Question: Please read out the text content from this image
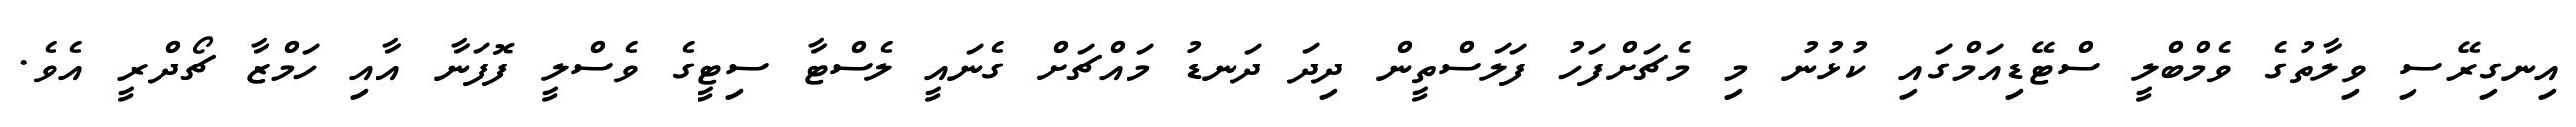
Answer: އިނގިރޭސި ވިލާތުގެ ވެމްބްލީ ސްޓޭޑިއަމްގައި ކުޅުނު މި މެޗަށްފަހު ފަލަސްތީން ދިދަ ދަނޑު މައްޗަށް ގެނައީ ލެސްޓާ ސިޓީގެ ވެސްލީ ފޮފަނާ އާއި ހަމްޒާ ޗޯދްރީ އެވެ.